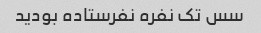
سس تک نفره نفرستاده بودید